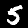
Digit: 5